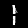
Label: 1